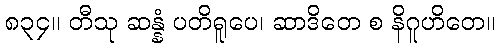
၈၃၄။ တီသု ဆန္နံ ပတိရူပေ၊ ဆာဒိတေ စ နိဂူဟိတေ။